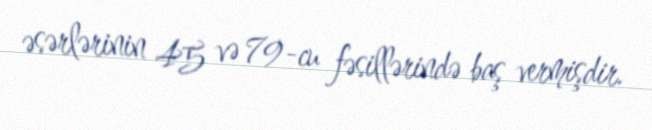
əsərlərinin 45 və 79-cu fəsillərində baş vermişdir.